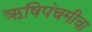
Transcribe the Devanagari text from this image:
ऋषिपंचमीचा